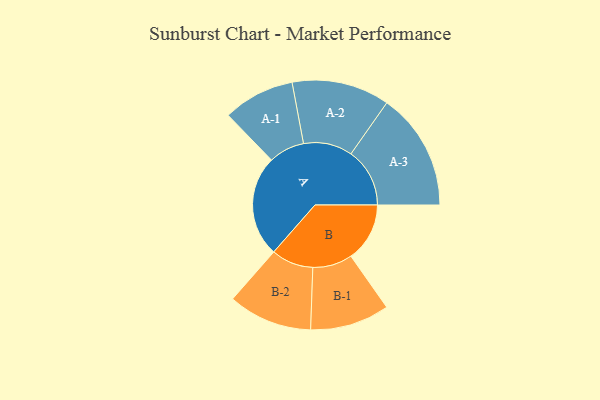
{"axis": {"x": "Segment", "y": "Value"}, "legend": ["", "A", "B"], "data": [{"x": "A", "y": 472, "type": ""}, {"x": "B", "y": 274, "type": ""}, {"x": "A-1", "y": 167, "type": "A"}, {"x": "A-2", "y": 228, "type": "A"}, {"x": "A-3", "y": 274, "type": "A"}, {"x": "B-1", "y": 185, "type": "B"}, {"x": "B-2", "y": 196, "type": "B"}]}